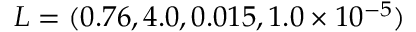
L = ( 0 . 7 6 , 4 . 0 , 0 . 0 1 5 , 1 . 0 \times 1 0 ^ { - 5 } )